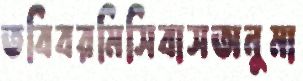
তবিবরমিসিবাসঅনুমা